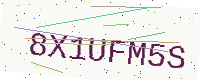
Text: 8X1UFM5S